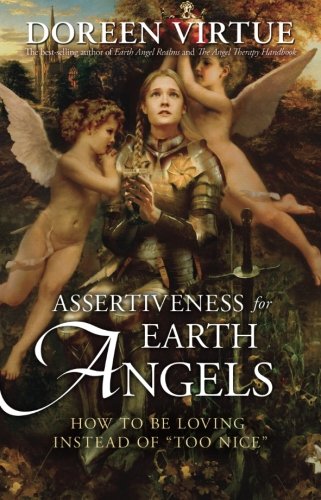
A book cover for Assertiveness for Earth Angels: How to Be Loving Instead of "Too Nice"; Doreen Virtue; Health, Fitness & Dieting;